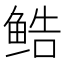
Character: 𬶔